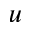
u